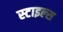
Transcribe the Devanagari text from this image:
स्‍टाइल्‍स